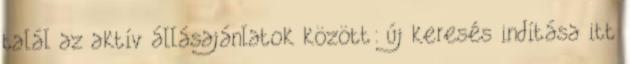
talál az aktív állásajánlatok között: új keresés indítása itt